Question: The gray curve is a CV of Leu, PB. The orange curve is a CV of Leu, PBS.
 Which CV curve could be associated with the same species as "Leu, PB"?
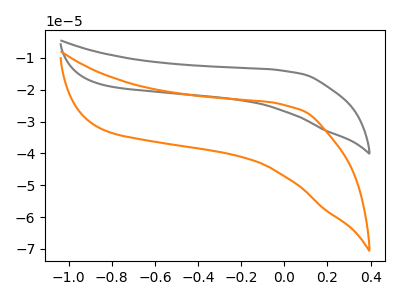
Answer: <think>The gray curve "Leu, PB" has no peaks. The orange curve "Leu, PBS" has no peaks.
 Neither "Leu, PB" or "Leu, PBS" have any peaks.</think>
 <answer>The CV with the most similar shape to "Leu, PBS" is "Leu, PB".</answer>
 <eval>"Leu, PB"</eval>